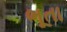
ભૂતા